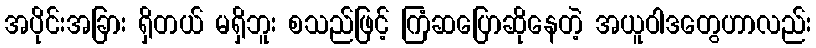
အပိုင်းအခြား ရှိတယ် မရှိဘူး စသည်ဖြင့် ကြံဆပြောဆိုနေတဲ့ အယူဝါဒတွေဟာလည်း